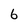
Character: 6